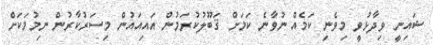
ޝައިނީ ވިދާޅުވީ މިވެނި ކަމެއް ނުވާނެ ކަމަށް ޤަބޫލުކުރަމުން އައިއައުން މިސަރުކާރުން ނިމުމަކަށް